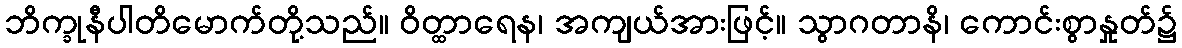
ဘိက္ခုနီပါတိမောက်တို့သည်။ ဝိတ္ထာရေန၊ အကျယ်အားဖြင့်။ သွာဂတာနိ၊ ကောင်းစွာနှုတ်၌